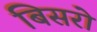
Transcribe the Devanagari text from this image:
बिसरो